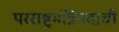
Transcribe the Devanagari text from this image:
परराष्ट्रमंत्रिपदाची